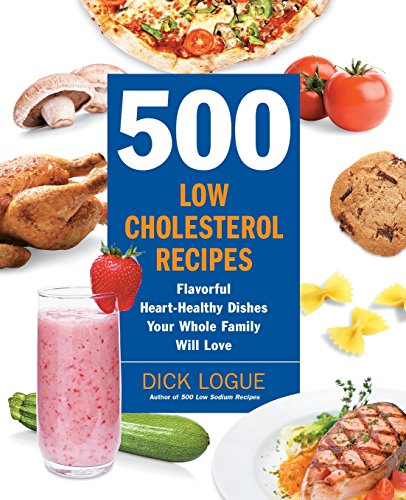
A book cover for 500 Low-Cholesterol Recipes: Flavorful Heart-Healthy Dishes Your Whole Family Will Love; Dick Logue; Cookbooks, Food & Wine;